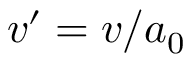
v ^ { \prime } = v / a _ { 0 }